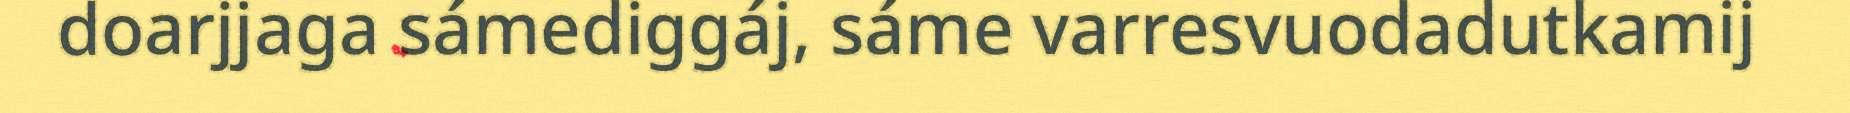
doarjjaga sámediggáj, sáme varresvuodadutkamij